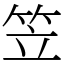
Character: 笠